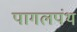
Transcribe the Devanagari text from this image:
पागलपंथ